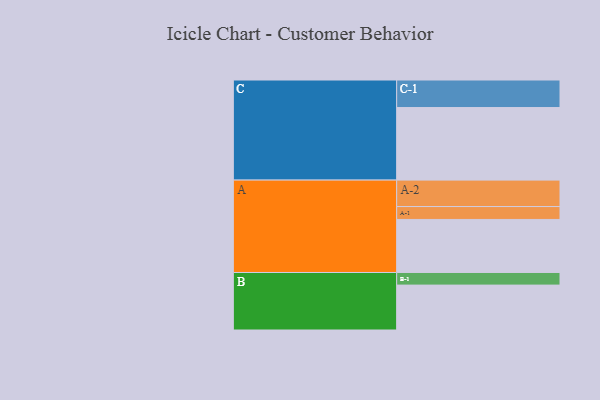
{"axis": {"x": "Segment", "y": "Value"}, "legend": ["", "A", "B", "C"], "data": [{"x": "A", "y": 391, "type": ""}, {"x": "B", "y": 331, "type": ""}, {"x": "C", "y": 535, "type": ""}, {"x": "A-1", "y": 95, "type": "A"}, {"x": "A-2", "y": 195, "type": "A"}, {"x": "B-1", "y": 93, "type": "B"}, {"x": "C-1", "y": 203, "type": "C"}]}